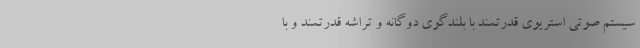
سیستم صوتی استریوی قدرتمند با بلندگوی دوگانه و تراشه قدرتمند و با